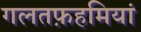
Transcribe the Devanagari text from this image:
गलतफ़हमियां